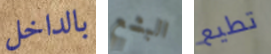
بالداخل البشع تطيع